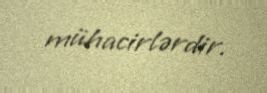
mühacirlərdir.